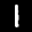
Label: 1